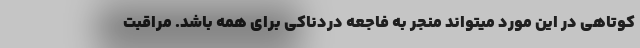
کوتاهی در این مورد میتواند منجر به فاجعه دردناکی برای همه باشد. مراقبت